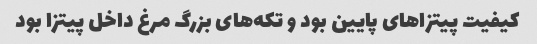
کیفیت پیتزا‌های پایین بود و تکه‌های بزرگ مرغ داخل پیتزا بود